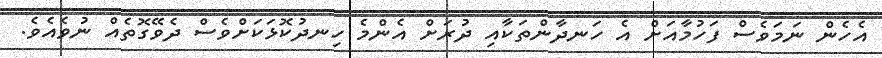
އެހެން ނަމަވެސް ފަހުމާއަށް އެ ހަނދާންތަކާއި ދުރަށް އެންމެ ހިނދުކޮޅަކަށްވެސް ދެވޭގޮތެއް ނުވެއެވެ.